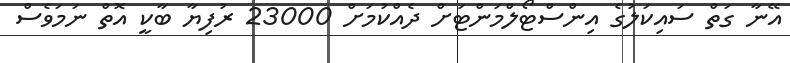
އޭނާ ގަތް ސައިކަލުގެ އިންސްޓޯލްމަންޓަށް ދެއްކުމަށް 23000 ރުފިޔާ ބާކީ އޮތް ނަމަވެސް